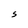
Character: S